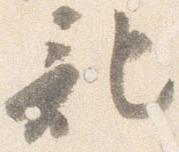
記